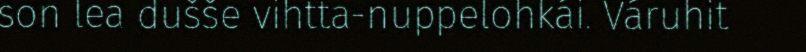
son lea dušše vihtta-nuppelohkái. Váruhit